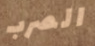
الصرب